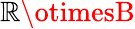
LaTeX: \mathbb{R}\otimesB